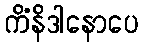
ကိံနိဒါနောပေ